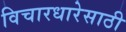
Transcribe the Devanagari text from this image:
विचारधारेसाठी